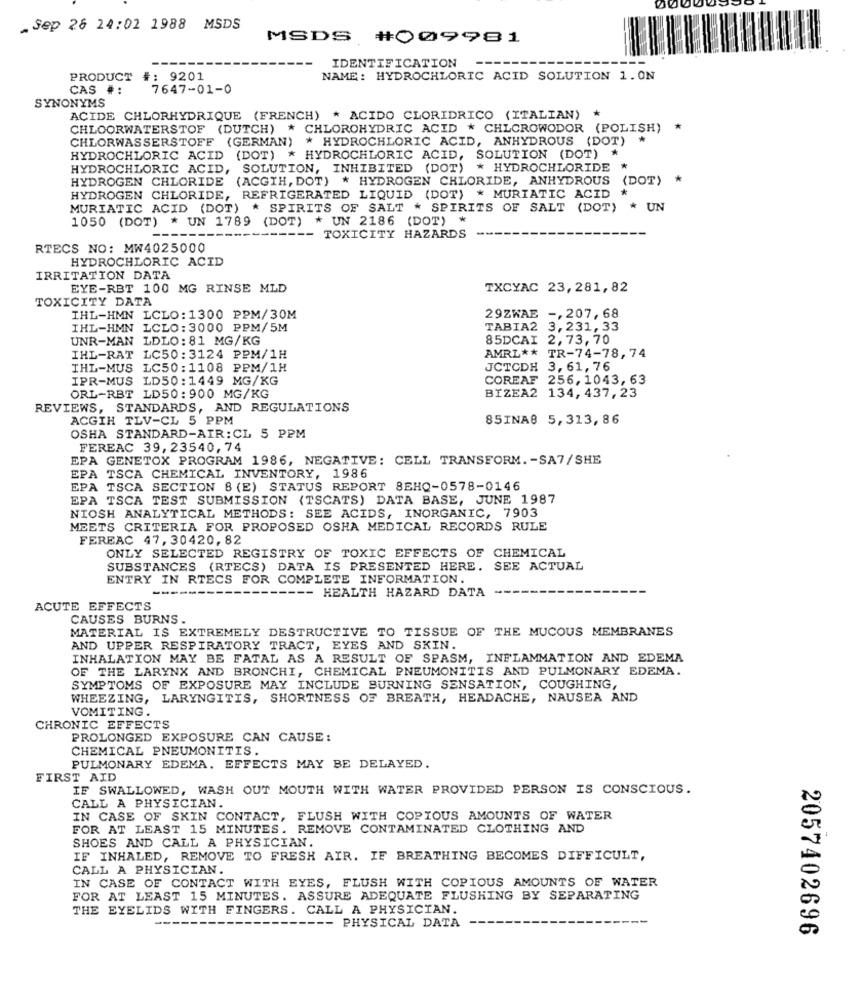
.Sep 26 24:02 1988
MSDS
MSDS #009981
IDENTIFICATION
PRODUCT #: 9201
NAME: HYDROCHLORIC ACID SOLUTION 1.ON
CAS #:
7647-01-0
SYNONYMS
ACIDE CHLORHYDRIQUE (FRENCH) * ACIDO CLORIDRICO (ITALIAN) *
CHLOORWATERSTOF (DUTCH) * CHLOROHYDRIC ACID * CHLOROWODOR (POLISH) *
CHLORWASSERSTOFF (GERMAN) * HYDROCHLORIC ACID, ANHYDROUS (DOT) *
HYDROCHLORIC ACID (DOT) * HYDROCHLORIC ACID, SOLUTION (DOT) *
HYDROCHLORIC ACID, SOLUTION, INHIBITED (DOT) * HYDROCHLORIDE *
HYDROGEN CHLORIDE (ACGTH, DOT) * HYDROGEN CHLORIDE, ANHYDROUS
(DOT) *
*
HYDROGEN CHLORIDE, REFRIGERATED LIQUID (DOT) * MURIATIC ACID
MURIATIC ACID (DOT) * SPIRITS OF SALT * SPIRITS OF SALT (DOT) * UN
1050 (DOT) * UN 1789 (DOT) * UN 2186 (DOT) *
TOXICITY HAZARDS
RTECS NO: MW4025000
HYDROCHLORIC ACID
IRRITATION DATA
EYE-RBT 100 MG RINSE MLD
TXCYAC 23,281, 82
TOXICITY DATA
IHL-HMN LCLO: 1300 PPM/30M
29ZWAE -, 207,68
IHL-HMN LCLO:3000 PPM/5M
TABIA2 3,231,33
UNR-MAN LDLO: 81 MG/KG
85DCAI
2,73,70
AMRL ** TR-74-78,74
IHL-RAT
LC50: 3124 PPM/1H
IHL-MUS LC50:1108 PPM/1H
JCTCDH 3, 61, 76
IPR-MUS LD50:1449 MG/KG
COREAF 256, 1043, 63
ORL-RBT LD50:900 MG/KG
BIZEA2 134, 437, 23
REVIEWS, STANDARDS, AND REGULATIONS
ACGIH TLV-CL 5 PPM
85INA8 5,313,86
OSHA STANDARD-AIR: CL 5 PPM
FEREAC 39, 23540, 74
EPA GENETOX PROGRAM 1986, NEGATIVE: CELL TRANSFORM. - SA7/SHE
EPA TSCA CHEMICAL INVENTORY, 1986
EPA TSCA SECTION 8 (E) STATUS REPORT 8EHQ-0578-0146
EPA TSCA TEST SUBMISSION (TSCATS) DATA BASE, JUNE 1987
NIOSH ANALYTICAL METHODS: SEE ACIDS, INORGANIC, 7903
MEETS CRITERIA FOR PROPOSED OSHA MEDICAL RECORDS RULE
FEREAC 47, 30420, 82
ONLY SELECTED REGISTRY OF TOXIC EFFECTS OF CHEMICAL
SUBSTANCES (RTECS) DATA IS PRESENTED HERE. SEE ACTUAL
ENTRY IN RTECS FOR COMPLETE INFORMATION.
-- HEALTH HAZARD DATA
ACUTE EFFECTS
CAUSES BURNS.
MATERIAL IS EXTREMELY DESTRUCTIVE TO TISSUE OF THE MUCOUS MEMBRANES
AND UPPER RESPIRATORY TRACT, EYES AND SKIN.
INHALATION MAY BE FATAL AS A RESULT OF SPASM, INFLAMMATION AND EDEMA
OF THE LARYNX AND BRONCHI, CHEMICAL PNEUMONITIS AND PULMONARY EDEMA.
SYMPTOMS OF EXPOSURE MAY INCLUDE BURNING SENSATION, COUGHING,
WHEEZING, LARYNGITIS, SHORTNESS OF BREATH, HEADACHE, NAUSEA AND
VOMITING.
CHRONIC EFFECTS
PROLONGED EXPOSURE CAN CAUSE:
CHEMICAL PNEUMONITIS.
PULMONARY EDEMA. EFFECTS MAY BE DELAYED.
FIRST AID
IF SWALLOWED, WASH OUT MOUTH WITH WATER PROVIDED PERSON IS CONSCIOUS.
CALL A PHYSICIAN.
IN CASE OF SKIN CONTACT, FLUSH WITH COPIOUS AMOUNTS OF WATER
FOR AT LEAST 15 MINUTES. REMOVE CONTAMINATED CLOTHING AND
SHOES AND CALL A PHYSICIAN.
IF INHALED, REMOVE TO FRESH AIR. IF BREATHING BECOMES DIFFICULT,
CALL A PHYSICIAN.
IN CASE OF CONTACT WITH EYES, FLUSH WITH COPIOUS AMOUNTS OF WATER
FOR AT LEAST 15 MINUTES. ASSURE ADEQUATE FLUSHING BY SEPARATING
THE EYELIDS WITH FINGERS. CALL A PHYSICIAN.
-- PHYSICAL DATA
2057402696